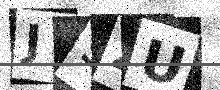
Text: JSZU